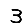
Digit: 3